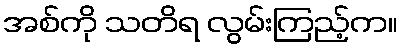
အစ်ကို သတိရ လွမ်းကြည့်က။